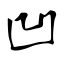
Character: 凹